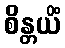
စိန္တယိံ